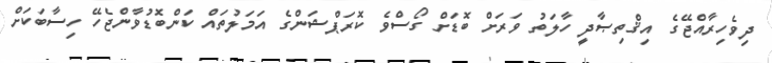
ދިވެހިރާއްޖޭގެ އިޤްތިޞާދީ ހާލަތު ވަރަށް ބޮޑަށް ގޯސްވެ ކޮރަޕްޝަންގެ އަމަލުތައް ކަންބޮޑުވާންޖެހޭ ހިސާބަކަށް